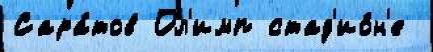
Сара́тов Ол'имп стад'ио́н'е